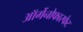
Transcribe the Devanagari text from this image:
ऑर्गेनोफास्फेट